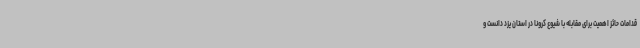
قدامات حائز اهمیت برای مقابله با شیوع کرونا در استان یزد دانست و